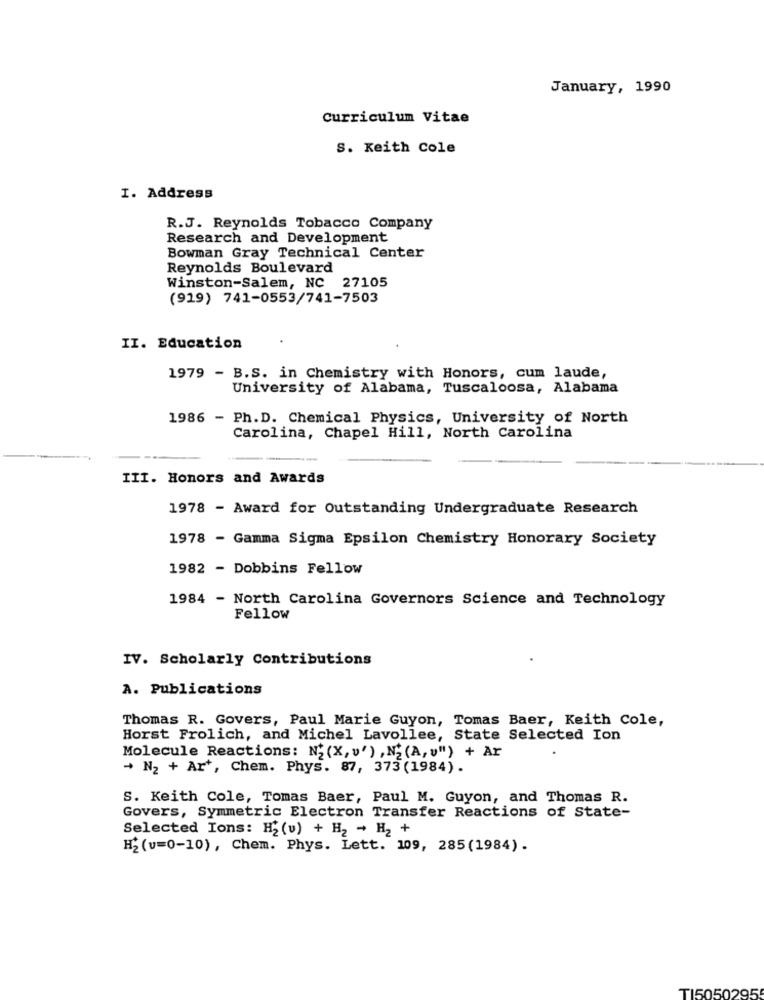
January, 1990
Curriculum Vitae
S. Keith Cole
I. Address
R.J. Reynolds Tobacco Company
Research and Development
Bowman Gray Technical Center
Reynolds Boulevard
Winston-Salem, NC 27105
(919) 741-0553/741-7503
II. Education
1979 - B.S. in Chemistry with Honors, cum laude,
University of Alabama, Tuscaloosa, Alabama
1986 - Ph.D. Chemical Physics, University of North
Carolina, Chapel Hill, North Carolina
III. Honors and Awards
1978 - Award for Outstanding Undergraduate Research
1978 - Gamma Sigma Epsilon Chemistry Honorary Society
1982 - Dobbins Fellow
1984 - North Carolina Governors Science and Technology
Fellow
IV. Scholarly Contributions
A. Publications
Thomas R. Govers, Paul Marie Guyon, Tomas Baer, Keith Cole,
Horst Frolich, and Michel Lavollee, State Selected Ion
Molecule Reactions: N; (X, v') , N2 (A, v") + Ar
+ N2 + Ar', Chem. Phys. 87, 373 (1984).
S. Keith Cole, Tomas Baer, Paul M. Guyon, and Thomas R.
Govers, Symmetric Electron Transfer Reactions of State-
Selected Ions: H2 (v) + H2 - H2 +
H2 (v=0-10), Chem. Phys. Lett. 109, 285(1984).
TI5050295